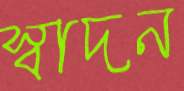
স্বাদন